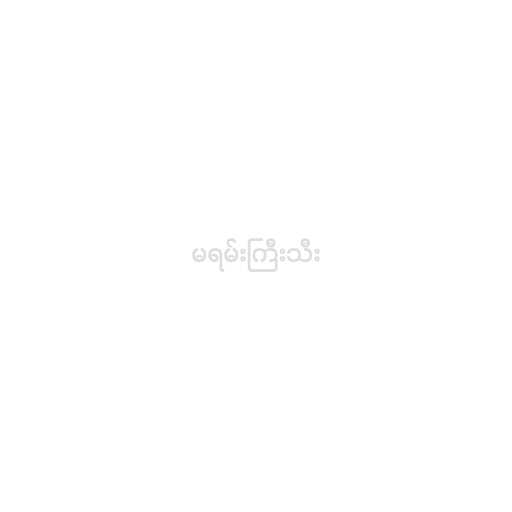
မရမ်းကြီးသီး